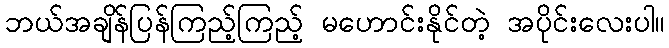
ဘယ်အချိန်ပြန်ကြည့်ကြည့် မဟောင်းနိုင်တဲ့ အပိုင်းလေးပါ။